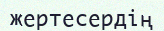
жертесердің